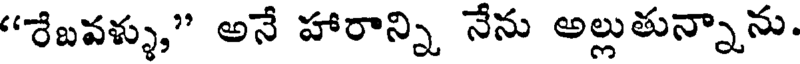
"రేబవళ్ళు," అనే హారాన్ని నేను అల్లుతున్నాను.